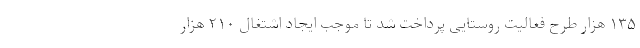
۱۳۵ هزار طرح فعالیت روستایی پرداخت شد تا موجب ایجاد اشتغال ۲۱۰ هزار